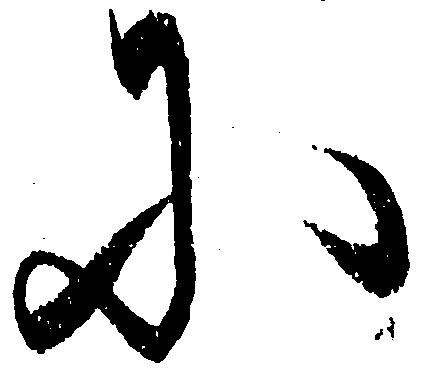
に